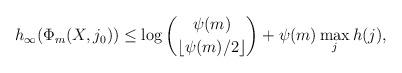
LaTeX: \begin{align*}h_\infty(\Phi_m(X,j_0))\leq \log\binom{\psi(m)}{\lfloor\psi(m)/2\rfloor}+\psi(m)\max_{j}{h(j)},\end{align*}